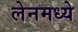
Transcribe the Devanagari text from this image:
लेनमध्ये